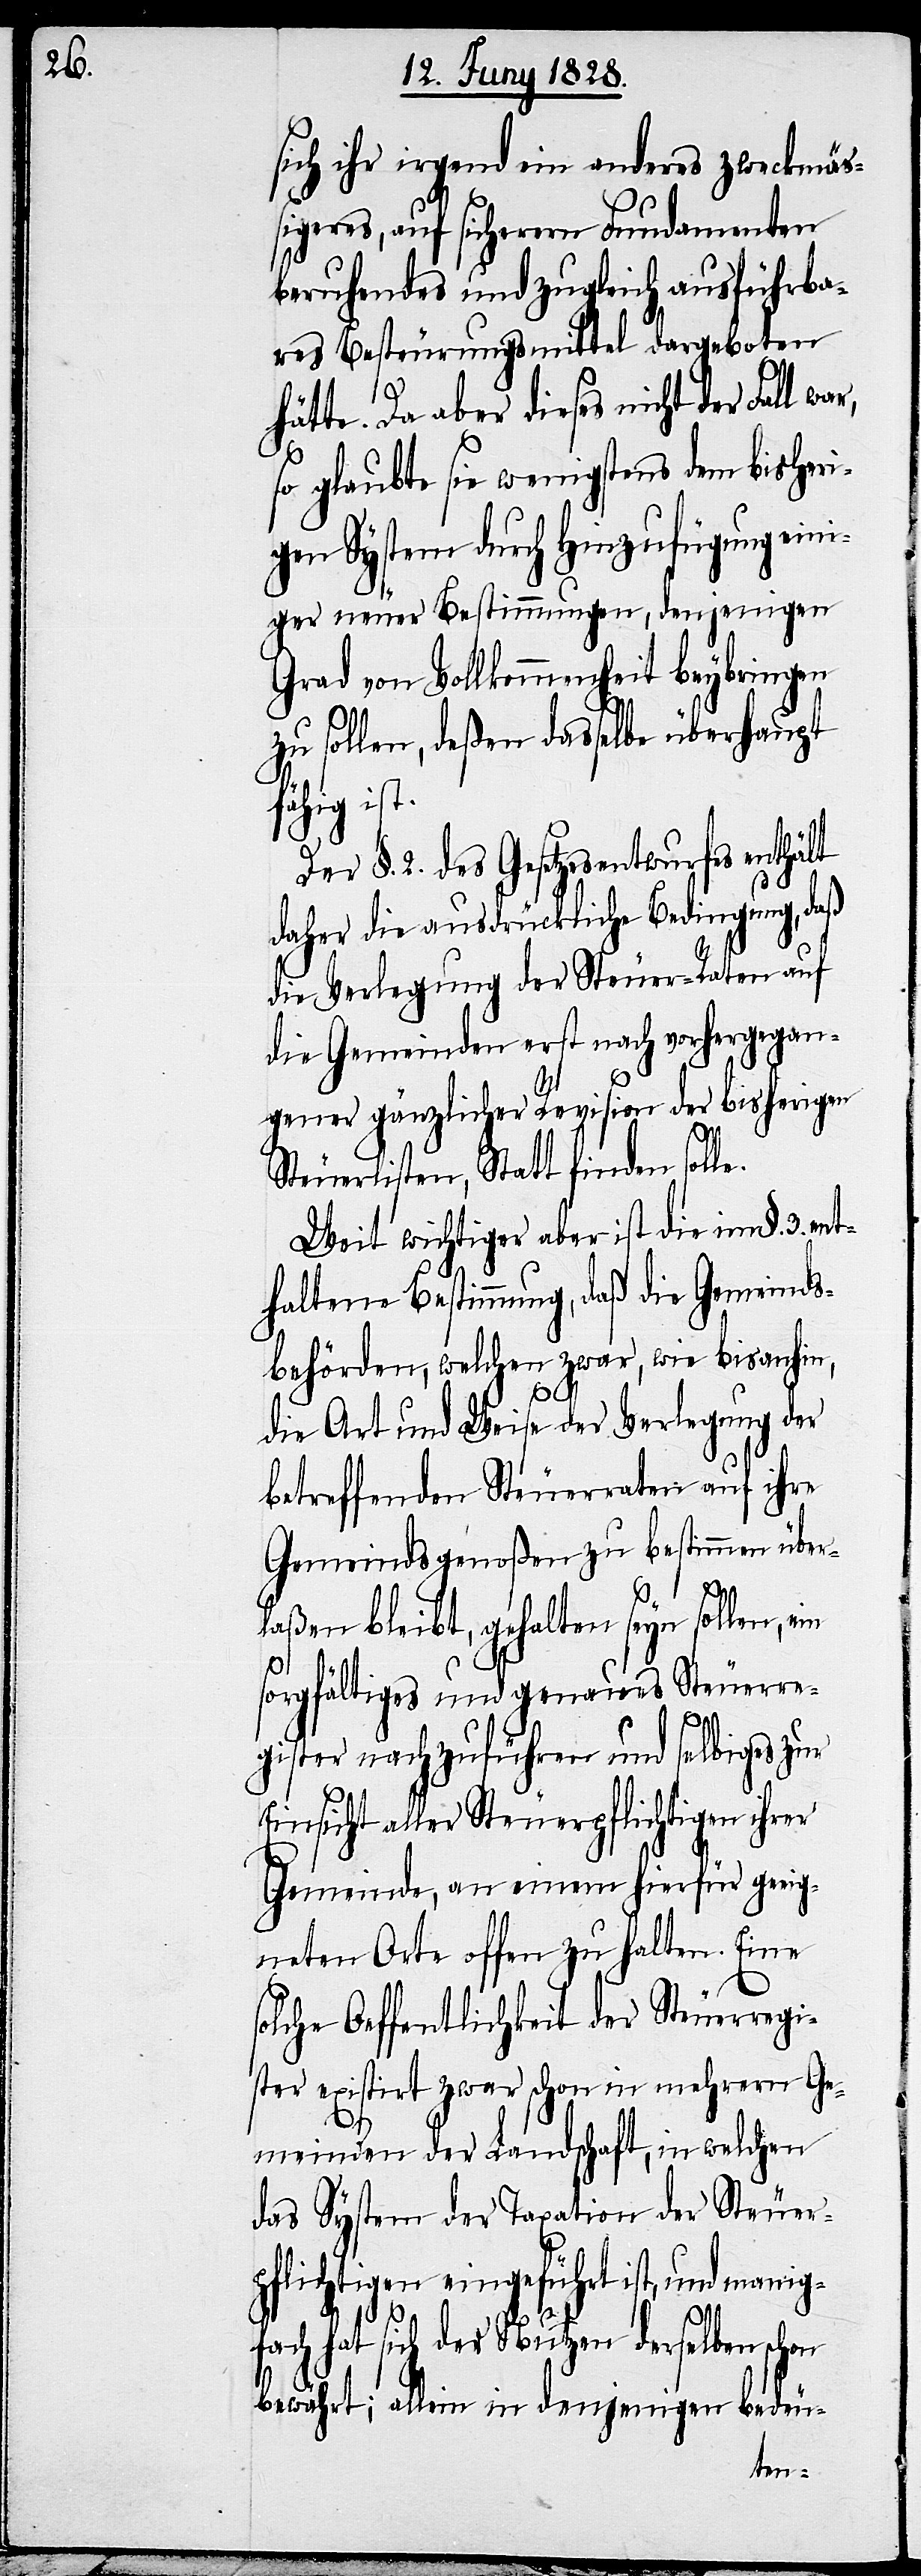
sich ihr irgend ein anderes zweckmäß¬
igeres, auf sicherern Fundamenten
beruhendes und zugleich ausführba¬
res Besteurungsmittel dargeboten
hätte. Da aber dieses nicht der Fall wa¬
so glaubte sie wenigstens dem bisheri¬
gen System durch Hinzufügung eini¬
ger neuer Bestimmungen, denjenigen
Grad von Vollkommenheit beybringen
zu sollen, deßen dasselbe überhaupt
fähig ist.
Der §. 2. des Gesetzesentwurfes enthält
daher die ausdrückliche Bedingung, daß
die Verlegung der Steuer-Raten auf
die Gemeinden erst nach vorhergegan¬
gener gänzlicher Revision der bisherigen
Steuerlisten, Statt finden solle.
Weit wichtiger aber ist die im §. 3. ent¬
haltene Bestimmung, daß die Gemeinds¬
behörden, welchen zwar, wie bisanhin,
die Art und Weise der Verlegung der
betreffenden Steuerraten auf ihre
Gemeindsgenoßen zu bestimmen über¬
laßen bleibt, gehalten seyn sollen, ein
r,
sorgfältiges und genaues Steuerre¬
gister nachzuführen und selbiges zur
Einsicht aller Steuerpflichtigen ihrer
Gemeinde, an einem hierfür geeig¬
neten Orte offen zu halten. Eine
solche Oeffentlichkeit der Steuerregi¬
ster existirt zwar schon in mehrern Ge¬
meinden der Landschaft, in welchen
das System der Taxation der Steuer¬
pflichtigen eingeführt ist, und manig¬
fach hat sich der Nutzen derselben schon
bewährt; allein in denjenigen bedeu-